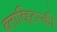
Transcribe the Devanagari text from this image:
ब्लाव्हिटस्‍की